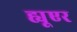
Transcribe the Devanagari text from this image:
ह्यूएर